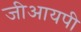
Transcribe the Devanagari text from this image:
जीआयपी